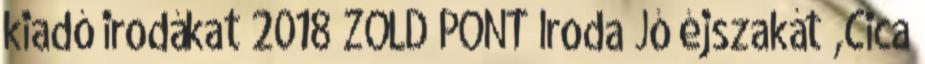
kiadó irodákat 2018 ZÖLD PONT Iroda Jó éjszakát ,Cica